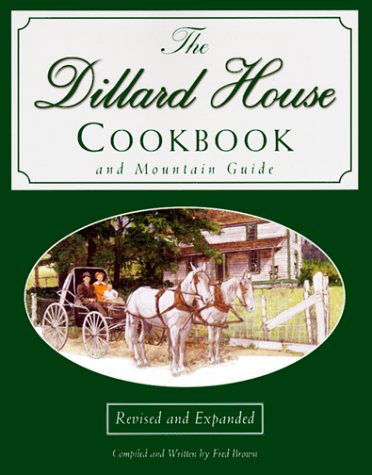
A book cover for The Dillard House Cookbook and Mountain Guide; Fred Brown; Travel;